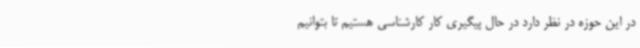
در این حوزه در نظر دارد در حال پیگیری کار کارشناسی هستیم تا بتوانیم